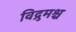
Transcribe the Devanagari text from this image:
विद्रुमश्च